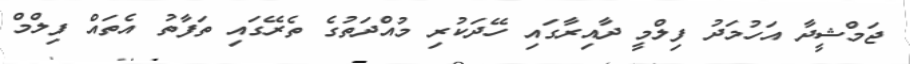
ޖަމްޝީދާ އަހުމަދު ފިލްމީ ދާއިރާގައި ހޭދަކުރި މުއްދަތުގެ ތެރޭގައި ތަފާތު އެތައް ފިލްމް